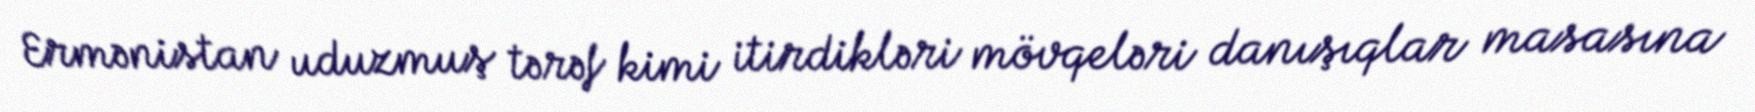
Ermənistan uduzmuş tərəf kimi itirdikləri mövqeləri danışıqlar masasına